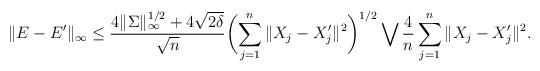
LaTeX: \begin{align*}\|E-E'\|_{\infty}\leq \frac{4\|\Sigma\|_{\infty}^{1/2}+4\sqrt{2\delta}}{\sqrt{n}}\biggl(\sum_{j=1}^n \|X_j-X_j'\|^2\biggr)^{1/2}\bigvee\frac{4}{n}\sum_{j=1}^n \|X_j-X_j'\|^2.\end{align*}